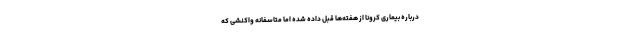
درباره بیماری کرونا از هفته‌ها قبل داده شده اما متاسفانه واکنشی که